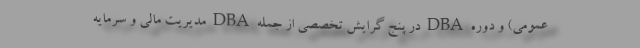
عمومی) و دوره DBA در پنج گرایش تخصصی از جمله DBA مدیریت مالی و سرمایه